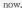
now.